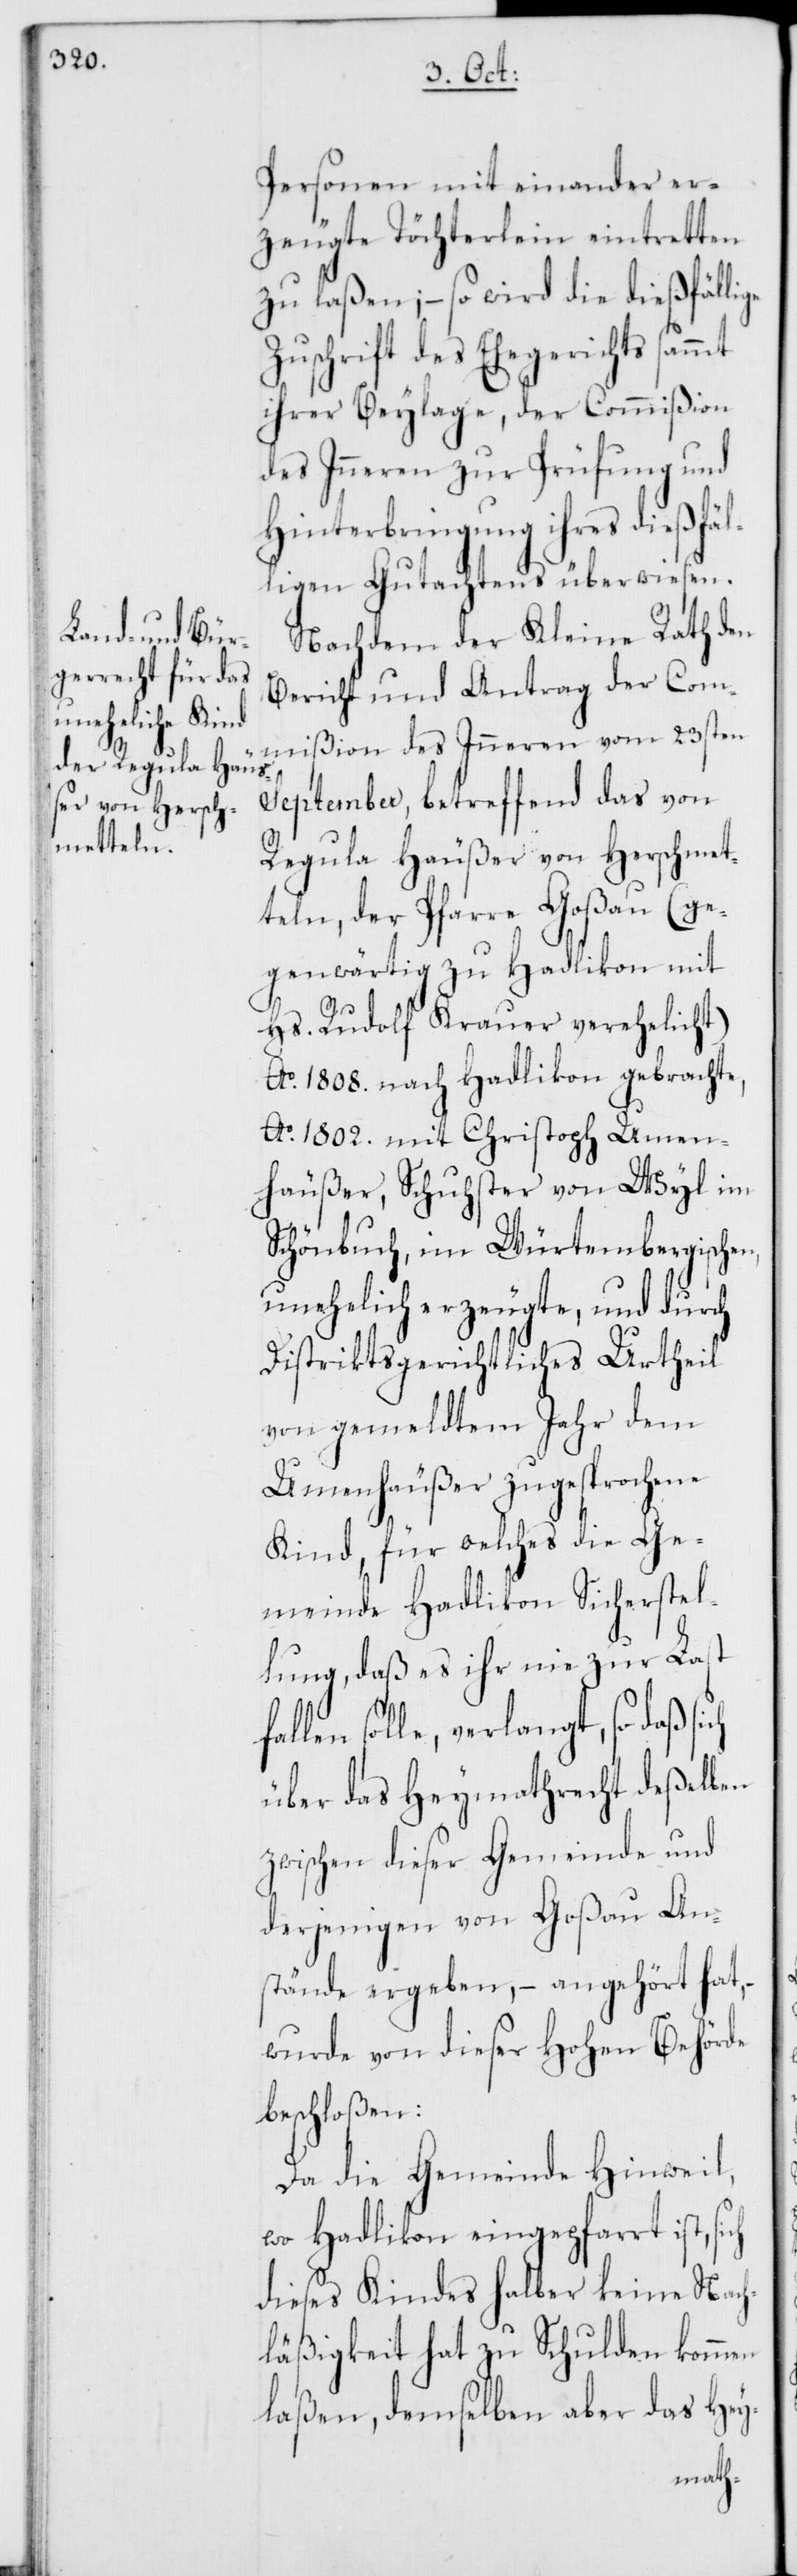
Personen miteinander er¬
zeugte Töchterlein eintretten
zu laßen, – so wird die dießfällige
Zuschrift des Ehegerichts sammt
ihrer Beylage, der Commißion
des Inneren zur Prüfung und
Hinterbringung ihres dießfä¬
lligen Gutachtens überwiesen.
Nachdem der Kleine Rath den
Bericht und Antrag der Com¬
mißion des Inneren vom 23sten
September, betreffend das von
Regula Häußer von Herschmet¬
tlen der Pfarre Goßau (ge¬
genwärtig zu Hadlikon mit
Hs. Rudolf Krauer verehelicht),
Ao 1808. nach Hadlikon gebrachte,
No 1802. mit Christoph Umen¬
häußer, Schuhster von Wyl im
Schönbuch, im Würtembergischen,
unehelich erzeugte, und durch
Distriktgerichtliches Urtheil
von gemeldtem Jahr dem
Umenhäußer zugesprochene
Kind, für welches die Ge¬
meinde Hadlikon Sicherstel¬
lung, daß es ihr nie zur Last
len solle, verlangt, so daß
über das Heymathrecht deßelben
zwischen dieser Gemeinde und
derjenigen von Goßau An¬
stände ergeben, – angehört hat,
wurde von dieser Hohen Behörde
beschloßen:
Da die Gemeinde Hinweil,
wo Hadlikon eingepfarrt ist,
dieses Kindes halber keine Nach¬
läßigkeit hat zu Schulden kommen
laßen, demselben aber das Hey-
fal¬